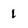
Character: 1